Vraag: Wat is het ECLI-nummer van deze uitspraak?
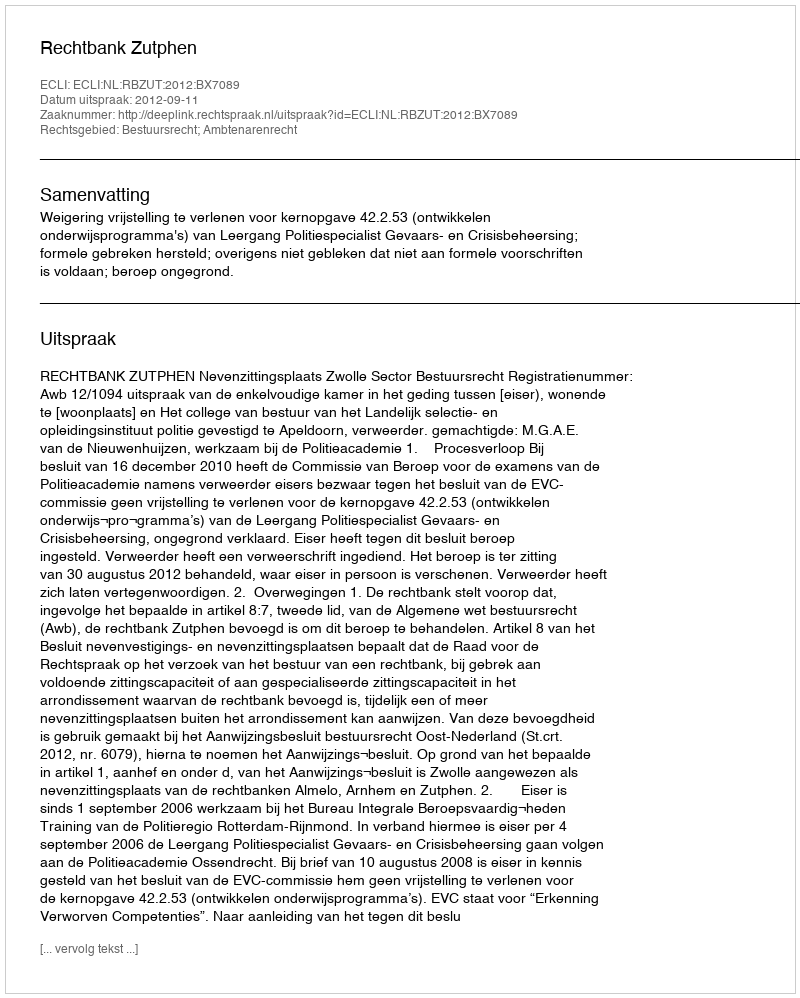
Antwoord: ECLI:NL:RBZUT:2012:BX7089